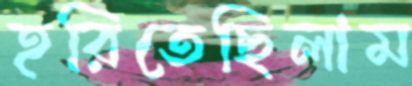
হরিতেছিলাম